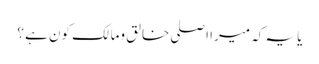
یا یہ کہ میرا اصلی خالق ومالک کون ہے ؟